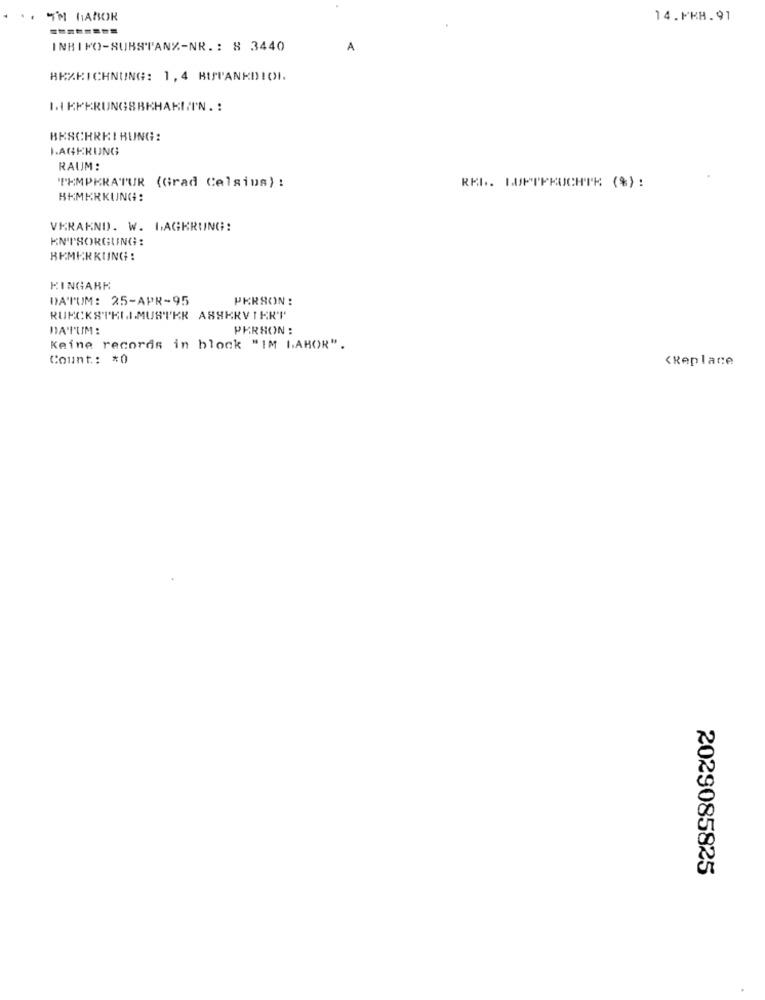
I'M GABOR
14.PKB.91
INBINO-SUBSTANZ-NR .: 8 3440
A
BEZEICHNUNG: 1,4 BISPANKDIOI.
LIEFERUNGBBKHAKIIN. :
BESCHREIBUNG:
LAGERUNG
RAUM :
TEMPERATUR (Grad Celsius) :
RKL. LUFTFEUCHTE (%) :
BEMERKUNG:
VKRAKND. W. LAGKRUNG:
ENTSORGUNG :
BEMERKUNG :
KINGARE
DATUM: 25-APR-95
PERSON:
RUECKSTKILMUSTER ABSERVIERT
DATUM:
PERSON :
Keine records in block "IM LAHOR".
Count: * 0
‹Replace
2029085825